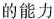
的能力